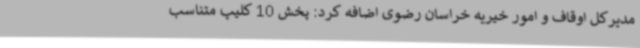
مدیرکل اوقاف و امور خیریه خراسان رضوی اضافه کرد: پخش 10 کلیپ متناسب